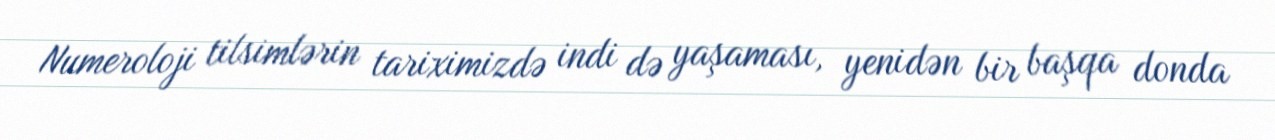
Numeroloji tilsimlərin tariximizdə indi də yaşaması, yenidən bir başqa donda